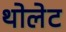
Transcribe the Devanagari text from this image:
थोलेट